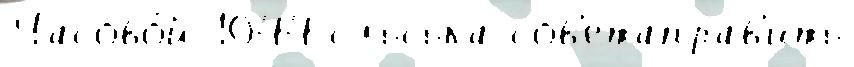
Часово́й 1044 сльська сов'етаправ'ить